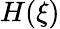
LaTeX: H(\xi)